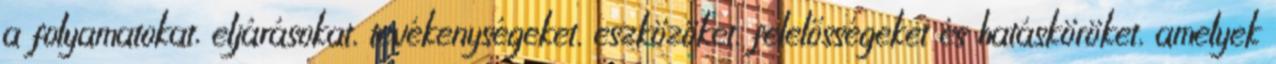
a folyamatokat, eljárásokat, tevékenységeket, eszközöket, felelősségeket és hatásköröket, amelyek